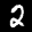
Label: 2